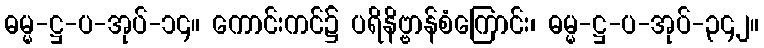
ဓမ္မ-ဋ္ဌ-ပ-အုပ်-၁၄။ ကောင်းကင်၌ ပရိနိဗ္ဗာန်စံကြောင်း၊ ဓမ္မ-ဋ္ဌ-ပ-အုပ်-၃၄၂။